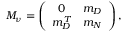
{ \cal M } _ { \nu } = \left( \begin{array} { c c } { { 0 } } & { { m _ { D } } } \\ { { m _ { D } ^ { T } } } & { { m _ { N } } } \end{array} \right) ,